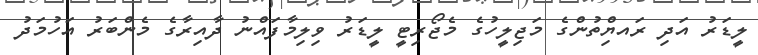
ލީޑަރު އަދި ރައޔްިތުންގެ މަޖިލީހުގެ މެޖޯރިޓީ ލީޑަރު ވިލިމާފައްނު ދާއިރާގެ މެންބަރު އަހުމަދު